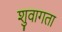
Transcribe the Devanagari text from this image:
शुवागता